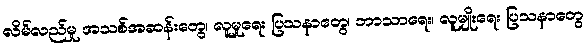
လိမ်လည်မှု အသစ်အဆန်းတွေ၊ လူမှုရေး ပြသနာတွေ၊ ဘာသာရေး၊ လူမျိုးရေး ပြသနာတွေ